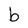
Character: b